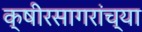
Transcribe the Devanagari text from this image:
क्षीरसागरांच्या